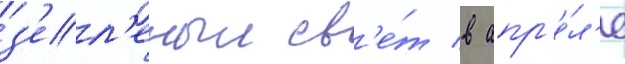
з'ел'еныи св'е́т в апр'е́л'е